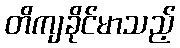
တိကျခိုင်မာသည့်